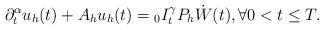
LaTeX: \begin{align*} \partial_t^\alpha u_h(t) + A_h u_h(t) = {_0I_t^\gamma} P_h\dot{W}(t), \forall 0 < t \leq T.\end{align*}